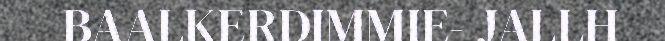
BAALKERDIMMIE- JALLH